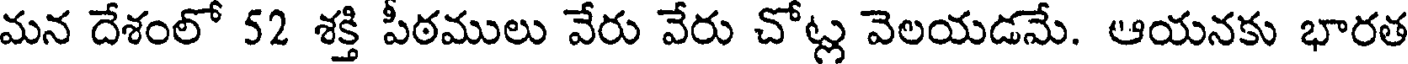
మన దేశంలో 52 శక్తి పీఠములు వేరు వేరు చోట్ల వెలయడమే. ఆయనకు భారత